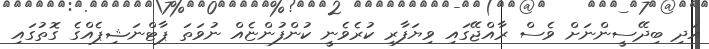
އަދި ބިދޭސީންނަށް ވެސް ރާއްޖޭގައި ވިޔަފާރި ކުރެވެނީ ކުންފުންޏެއް ނުވަތަ ޕާޓްނަޝިޕެއްގެ ގޮތުގައި